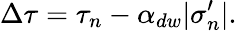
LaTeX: \Delta\tau=\tau_{n}-\alpha_{dw}|\sigma_{n}^{\prime}|.